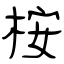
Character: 桉